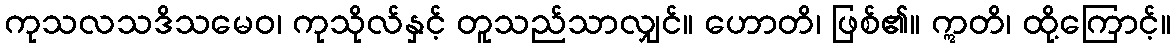
ကုသလသဒိသမေဝ၊ ကုသိုလ်နှင့် တူသည်သာလျှင်။ ဟောတိ၊ ဖြစ်၏။ ဣတိ၊ ထို့ကြောင့်။